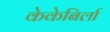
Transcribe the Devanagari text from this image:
केकेबिर्ला